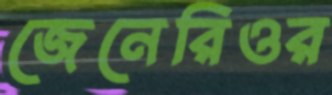
জেনেরিওর